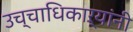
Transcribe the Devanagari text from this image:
उच्चाधिकाऱ्यांनी